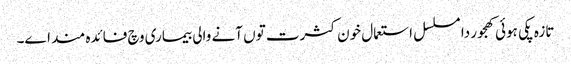
تازہ پکی ہوئی کھجور دا مسلسل استعمال خون کثرت تو‏ں آنے والی بیماری وچ فائدہ مند ا‏‏ے۔